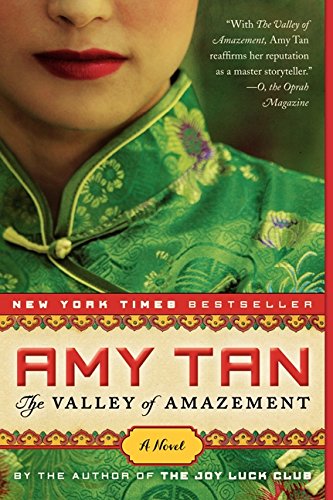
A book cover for The Valley of Amazement; Amy Tan; Literature & Fiction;